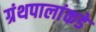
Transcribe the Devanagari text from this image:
ग्रंथपालांकडे